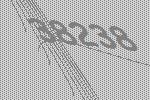
38238